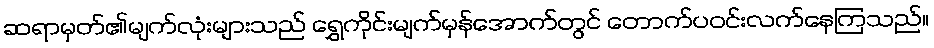
ဆရာမှတ်၏မျက်လုံးများသည် ရွှေကိုင်းမျက်မှန်အောက်တွင် တောက်ပဝင်းလက်နေကြသည်။